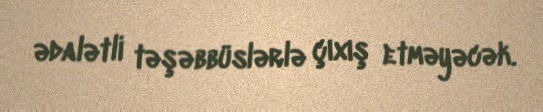
ədalətli təşəbbüslərlə çıxış etməyəcək.